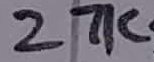
Text: 27K